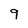
Character: 9